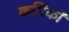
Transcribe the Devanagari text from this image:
कर्मिकाें